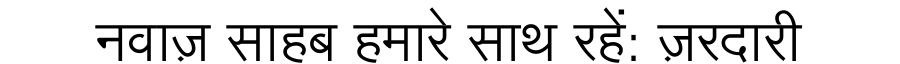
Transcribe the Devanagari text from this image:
नवाज़ साहब हमारे साथ रहें: ज़रदारी